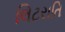
લિટરાતિ